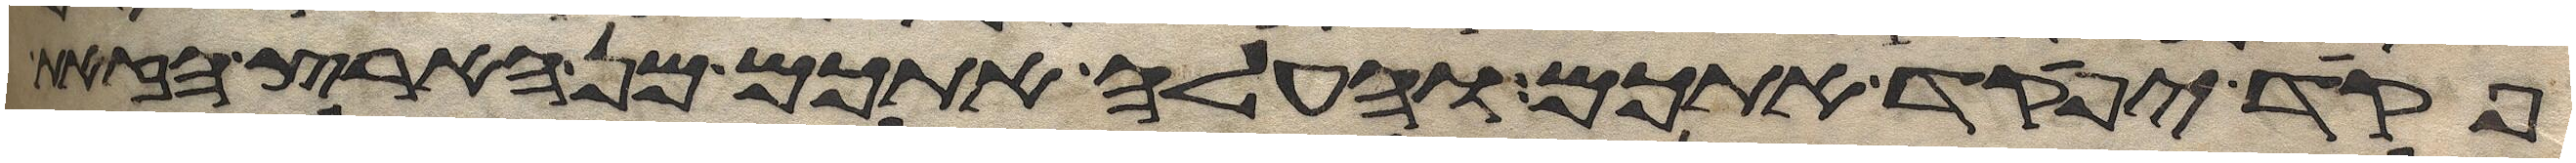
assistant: פקד יפקד אתכם והעלה אתכם מן הארץ הזאת